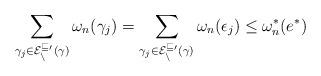
LaTeX: \begin{align*}\sum_{\gamma_j \in \cal E_n^{v_0}(\gamma)} \omega_n(\gamma_j) = \sum_{\gamma_j \in \cal E_n^{v_0}(\gamma)} \omega_n(\epsilon_j)\leq\omega^*_n(e^*)\end{align*}